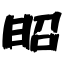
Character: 昭